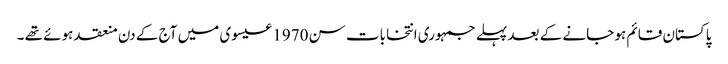
پاکستان قائم ہو جانے کے بعد پہلے جمہوری انتخابات سن 1970 عیسوی میں آج کے دن منعقد ہوئے تھے ۔